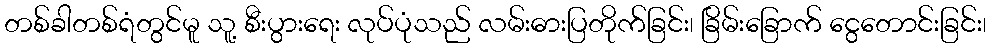
တစ်ခါတစ်ရံတွင်မူ သူ့ စီးပွားရေး လုပ်ပုံသည် လမ်းဓားပြတိုက်ခြင်း၊ ခြိမ်းခြောက် ငွေတောင်းခြင်း၊